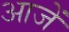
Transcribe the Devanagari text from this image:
आजें